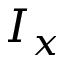
I _ { x }